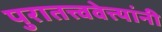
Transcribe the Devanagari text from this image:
पुरातत्त्ववेत्त्यांनी